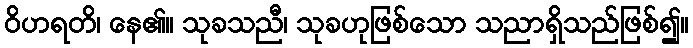
ဝိဟရတိ၊ နေ၏။ သုခသညီ၊ သုခဟုဖြစ်သော သညာရှိသည်ဖြစ်၍။